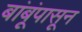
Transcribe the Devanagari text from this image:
बांबूंपासून